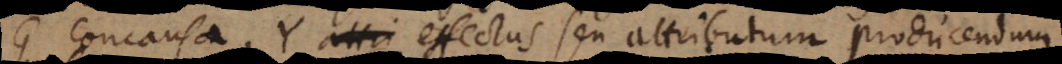
G concausa, Y attri effectus seu attributum producendum